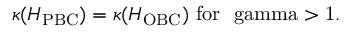
\begin{array} { r } { \kappa ( H _ { \mathrm { P B C } } ) = \kappa ( H _ { \mathrm { O B C } } ) \ \mathrm { f o r \ \ g a m m a > 1 } . } \end{array}